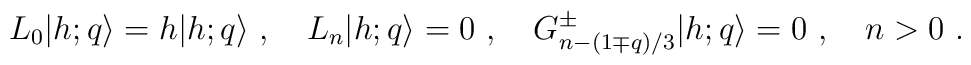
L_0\vert{h;q}\rangle=h\vert{h;q}\rangle{}~,{}~{}~{}~L_n\vert{h;q}\rangle=0{}~,{}~{}~{}~G^{\pm} _{n-(1\mp q)/3}\vert{h;q}\rangle=0{}~,{}~{}~{}~n>0{}~.